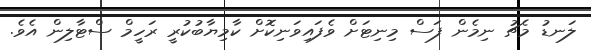
ލަނޑު މެޗު ނިމެން ފަސް މިނިޓަށް ވެފައިވަނިކޮށް ކާމިޔާބުކުރީ ރަހީމް ސްޓާލިން އެވެ.